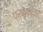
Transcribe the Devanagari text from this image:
प्रभृतींवर